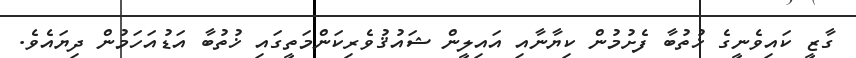
ގާޒީ ކައިވެނީގެ ޚުތުބާ ފެށުމުން ކިޔާނާއި އައިލީން ޝައުޤުވެރިކަންމަތީގައި ޚުތުބާ އަޑުއަހަމުން ދިޔައެވެ.